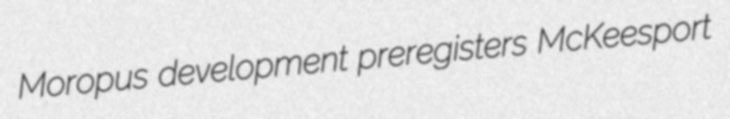
Moropus development preregisters McKeesport